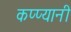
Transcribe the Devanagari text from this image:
कप्प्यानी